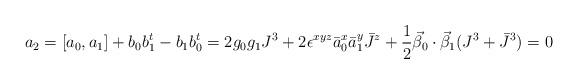
LaTeX: \begin{align*}a_2= [a_0, a_1]+ b_0 b_1^t -b_1 b_0^t =2 g_0 g_1 J^3 +2 \epsilon^{x y z} \bar a_0^x \bar a_1^y \bar J^z+\frac{1}{2} \vec \beta_0 \cdot \vec \beta_1 (J^3 + \bar J^3) = 0\end{align*}